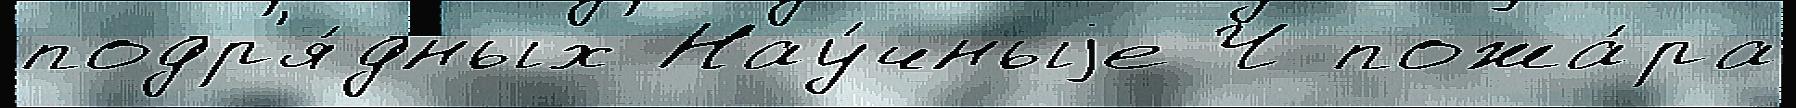
подр'я́дных Нау́чныjе Ч пожа́ра